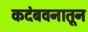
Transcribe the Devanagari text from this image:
कदंबवनातून